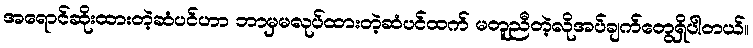
အရောင်ဆိုးထားတဲ့ဆံပင်ဟာ ဘာမှမလုပ်ထားတဲ့ဆံပင်ထက် မတူညီတဲ့လိုအပ်ချက်တွေရှိပါတယ်။